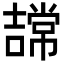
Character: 𭋠